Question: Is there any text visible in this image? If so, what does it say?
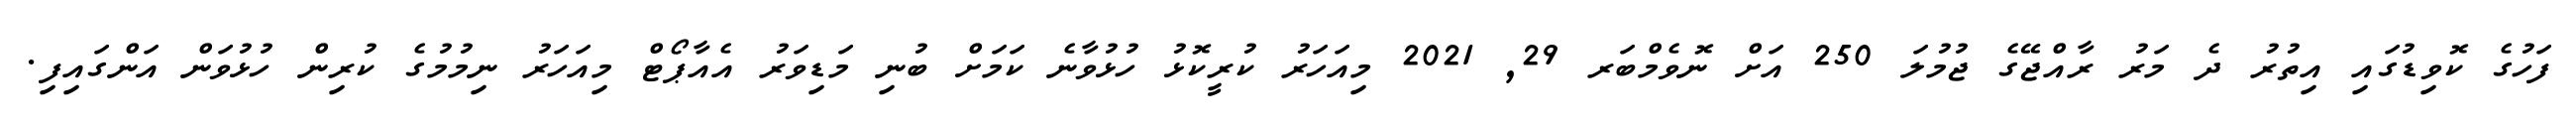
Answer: ފަހުގެ ކޮވިޑުގައި އިތުރު ދެ މަރު ރާއްޖޭގެ ޖުމުލަ 250 އަށް ނޮވެމްބަރ 29, 2021 މިއަހަރު ކުރީކޮޅު ހުޅުވާނެ ކަމަށް ބުނި މަޑިވަރު އެއާޕޯޓް މިއަހަރު ނިމުމުގެ ކުރިން ހުޅުވަން އަންގައިފި.